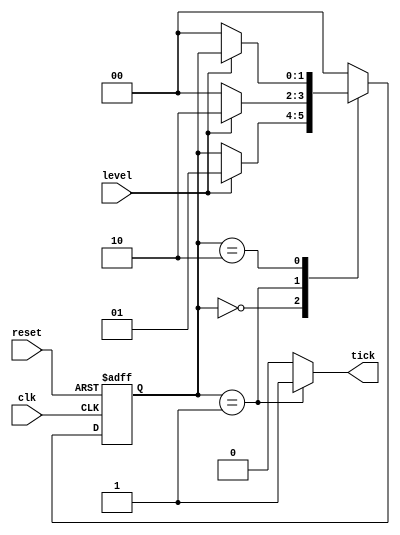
//Listing 5.3
//Chapter 5
//Page 125
//Copyright 2008

// only detects positive edges

module edge_detect_moore
    (
     input wire clk, reset,
     input wire level,
     output reg tick
    );
    
    // symbolic state declaration
    localparam [1:0] zero = 2'b00,
                     edg = 2'b01,
                     one  = 2'b10;
                     
    // signal declaration
    reg [1:0] state_reg, state_next;
    
    // state register
    
    always @(posedge clk, posedge reset)
        if (reset)
            state_reg <= zero;
        else
            state_reg <= state_next;
    
    // next-state logic and output logic
    always @*
        begin
            state_next = state_reg;         // default state : the same
            tick = 1'b0;                    // default output : 0
            case (state_reg)
                zero:
                    if (level)
                        state_next = edg;
                edg:
                    begin
                        tick = 1'b1;
                        if (level)
                            state_next = one;
                        else
                            state_next = zero;
                    end
                one:
                    if(~level)
                        state_next = zero;
                default: state_next = zero;
            endcase
        end
        
endmodule       // edge_detect_moore